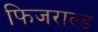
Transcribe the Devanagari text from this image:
फिजराल्ड